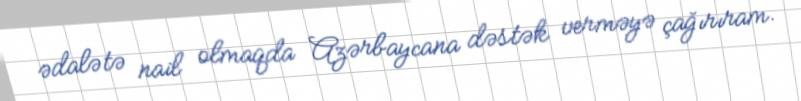
ədalətə nail olmaqda Azərbaycana dəstək verməyə çağırıram.